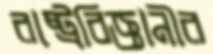
রাষ্ট্রবিজ্ঞানীর